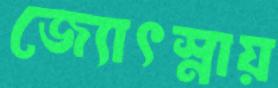
জ্যোৎস্নায়